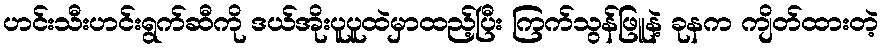
ဟင်းသီးဟင်းရွက်ဆီကို ဒယ်အိုးပူပူထဲမှာထည့်ပြီး ကြက်သွန်ဖြူနဲ့ ခုနက ကျိတ်ထားတဲ့